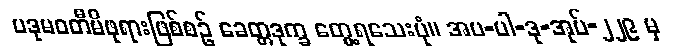
ပဒုမဝတီမိဖုရားဖြစ်စဉ် ခေတ္တဒုက္ခ တွေ့ရသေးပုံ။ အပ-ပါ-ဒု-အုပ်-၂၂၉ မှ